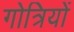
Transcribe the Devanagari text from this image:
गोत्रियों